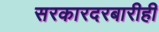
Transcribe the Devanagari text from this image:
सरकारदरबारीही